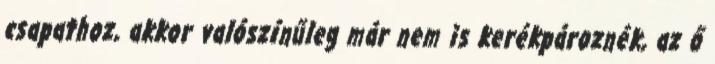
csapathoz, akkor valószínűleg már nem is kerékpároznék, az ő